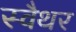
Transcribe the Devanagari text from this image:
स्वैथर